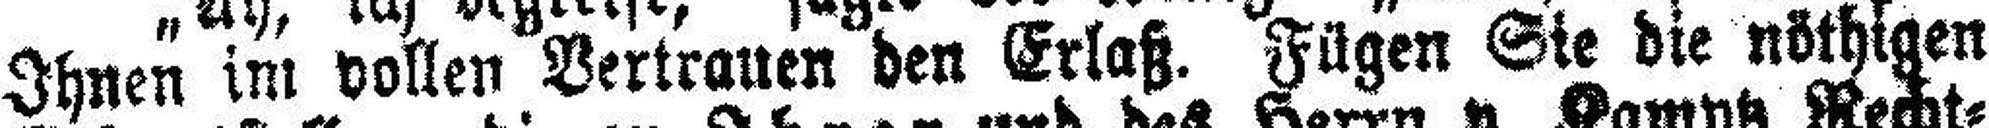
Ihnen int vollen Vertrauen den Erlaß. Fügen Sie die nöthigen